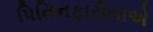
પિનિનફારીનાએ